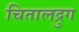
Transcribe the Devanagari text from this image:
चितालद्रुग